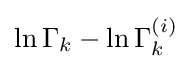
\ln \Gamma _{k}-\ln \Gamma _{k}^{(i)}